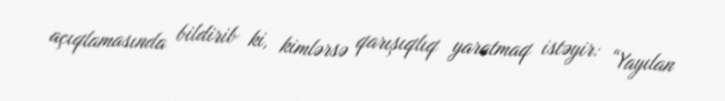
açıqlamasında bildirib ki, kimlərsə qarışıqlıq yaratmaq istəyir: “Yayılan